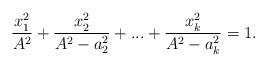
LaTeX: \begin{align*}\frac{x_1^2}{A^2}+\frac{x_2^2}{A^2-a_2^2}+...+\frac{x_k^2}{A^2-a_k^2}=1.\end{align*}